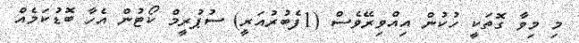
މި މިވާ ގޮތަކީ ހުކުން އިއްވިރޭވެސް (1ފެބުރުއަރީ) ސުޕުރީމް ކޯޓުން އެހާ ބޮޑުކަމެއް